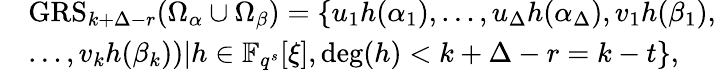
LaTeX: \begin{array}{rl}&{\textrm{GRS}_{k+\Delta-r}(\Omega_{\alpha}\cup\Omega_{\beta})=\{ u_{1}h(\alpha_{1}),\ldots,u_{\Delta}h(\alpha_{\Delta}),v_{1}h(\beta_{1}),}\\ &{\ldots,v_{k}h(\beta_{k}))|h\in\mathbb{F}_{q^{s}}[\xi],\deg(h)<k+\Delta-r=k-t\} ,}\end{array}